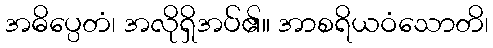
အဓိပ္ပေတံ၊ အလိုရှိအပ်၏။ အာစရိယဝံသောတိ၊